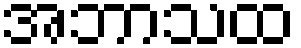
အဘာသထ